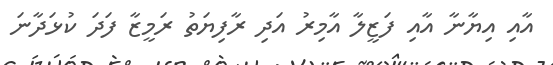
އާއި އިޔާނާ އާއި ފަޒީލާ އާމިރު އަދި ރާފިޔަތު ރަމީޒާ ފަދަ ކުޅަދާނަ